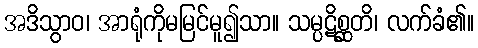
အဒိသွာဝ၊ အာရုံကိုမမြင်မူ၍သာ။ သမ္ပဋိစ္ဆတိ၊ လက်ခံ၏။